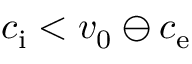
c _ { \mathrm { i } } < v _ { 0 } \ominus c _ { \mathrm { e } }